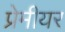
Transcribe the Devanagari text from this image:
प्रेमीयर